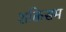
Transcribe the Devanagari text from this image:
शक्तिसम